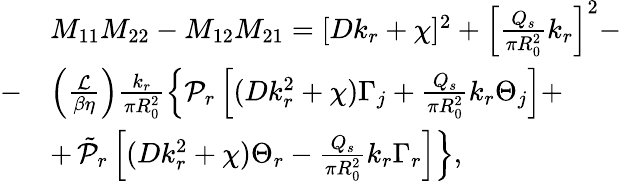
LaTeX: \begin{array}{rl}&{M_{11}M_{22}-M_{12}M_{21}=[Dk_{r}+\chi]^{2}+\left[\frac{Q_{s}}{\pi R_{0}^{2}}k_{r}\right]^{2}-}\\ {-}&{\left(\frac{\mathcal{L}}{\beta\eta}\right)\frac{k_{r}}{\pi R_{0}^{2}}\left\{ \mathcal{P}_{r}\left[(Dk_{r}^{2}+\chi)\Gamma_{j}+\frac{Q_{s}}{\pi R_{0}^{2}}k_{r}\Theta_{j}\right]+\right.}\\ &{+\left.\tilde{\mathcal{P}}_{r}\left[(Dk_{r}^{2}+\chi)\Theta_{r}-\frac{Q_{s}}{\pi R_{0}^{2}}k_{r}\Gamma_{r}\right]\right\} ,}\end{array}